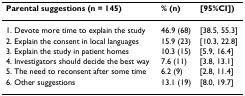
<table><thead><tr><td><b>Parental suggestions (n = 145)</b></td><td><b>% (n)</b></td><td><b>[95%CI])</b></td></tr></thead><tbody><tr><td>1. Devote more time to explain the study</td><td>46.9 (68)</td><td>[38.5, 55.3]</td></tr><tr><td>2. Explain the consent in local languages</td><td>15.9 (23)</td><td>[10.3, 22.8]</td></tr><tr><td>3. Explain the study in patient homes</td><td>10.3 (15)</td><td>[5.9, 16.4]</td></tr><tr><td>4. Investigators should decide the best way</td><td>7.6 (11)</td><td>[3.8, 13.1]</td></tr><tr><td>5. The need to reconsent after some time</td><td>6.2 (9)</td><td>[2.8, 11.4]</td></tr><tr><td>6. Other suggestions</td><td>13.1 (19)</td><td>[8.0, 19.7]</td></tr></tbody></table>